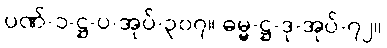
ပဏ်-၁-ဋ္ဌ-ပ-အုပ်-၃၀၇။ ဓမ္မ-ဋ္ဌ-ဒု-အုပ်-၇၂။